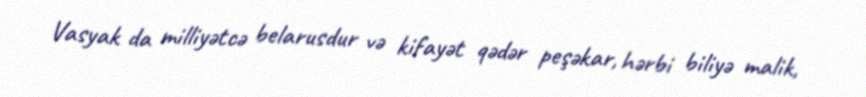
Vasyak da milliyətcə belarusdur və kifayət qədər peşəkar, hərbi biliyə malik,